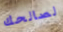
لصالحك